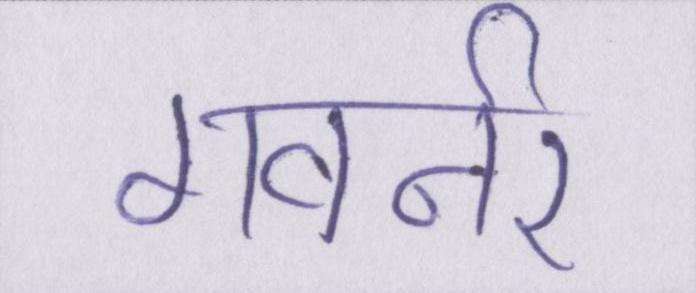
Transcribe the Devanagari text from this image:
गवर्नर